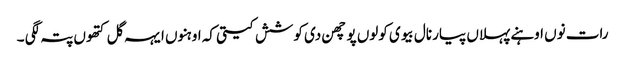
رات نوں اوہنے پہلاں پیار نال بیوی کولوں پوچھن دی کوشش کیتی کہ اوہنوں ایہہ گل کتھوں پتہ لگی ۔